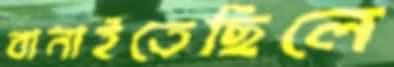
বানাইতেছিলে